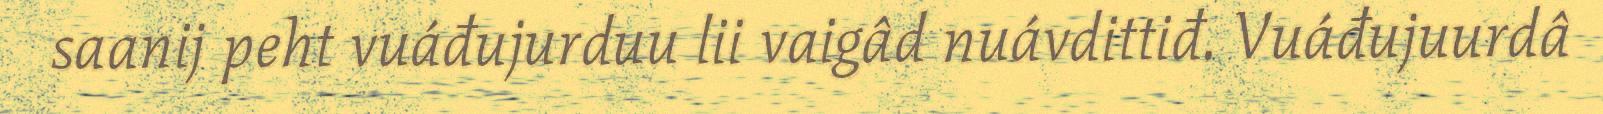
saanij peht vuáđujurduu lii vaigâd nuávdittiđ. Vuáđujuurdâ